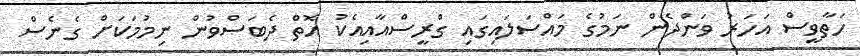
ހަތާވީސް އަހަރު ވަންދެން ނަމުގެ މައްސަލައިގައި ގްރީސްއާއިއެކު އޮތް ދެބަސްވުން ނިމުމަކަށް ގެނެސް